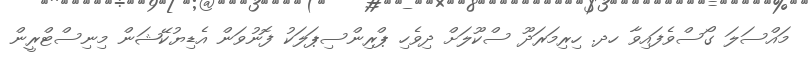
މައްސަލަ ގޯސްވެފައިވާ ހދ. ހިރިމަރަދޫ ސްކޫލަށް ދިވެހި ޕްރިންސިޕަލަކު ފޮނުވަން އެޑިޔުކޭޝަން މިނިސްޓްރީން